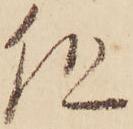
但